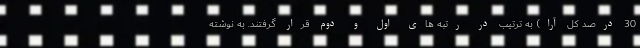
30 درصد کل آرا) به ترتیب در رتبه های اول و دوم قرار گرفتند. به نوشته